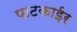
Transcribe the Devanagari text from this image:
पाटकाईर